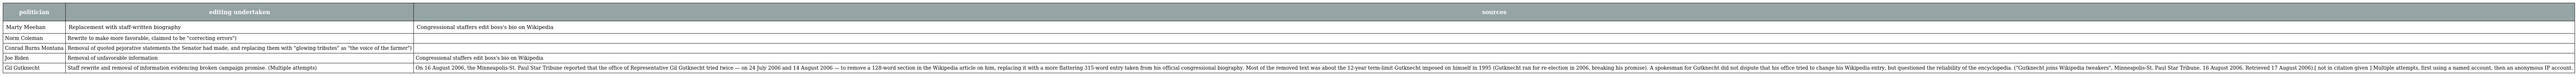
| politician | editing undertaken | sources |
 | --- | --- | --- |
 | Marty Meehan | Replacement with staff-written biography | Congressional staffers edit boss's bio on Wikipedia |
 | Norm Coleman | Rewrite to make more favorable, claimed to be "correcting errors") |  |
 | Conrad Burns Montana | Removal of quoted pejorative statements the Senator had made, and replacing them with "glowing tributes" as "the voice of the farmer") |  |
 | Joe Biden | Removal of unfavorable information | Congressional staffers edit boss's bio on Wikipedia |
 | Gil Gutknecht | Staff rewrite and removal of information evidencing broken campaign promise. (Multiple attempts) | On 16 August 2006, the Minneapolis-St. Paul Star Tribune reported that the office of Representative Gil Gutknecht tried twice — on 24 July 2006 and 14 August 2006 — to remove a 128-word section in the Wikipedia article on him, replacing it with a more flattering 315-word entry taken from his official congressional biography. Most of the removed text was about the 12-year term-limit Gutknecht imposed on himself in 1995 (Gutknecht ran for re-election in 2006, breaking his promise). A spokesman for Gutknecht did not dispute that his office tried to change his Wikipedia entry, but questioned the reliability of the encyclopedia. ("Gutknecht joins Wikipedia tweakers", Minneapolis-St. Paul Star Tribune. 16 August 2006. Retrieved 17 August 2006).[ not in citation given ] Multiple attempts, first using a named account, then an anonymous IP account. |